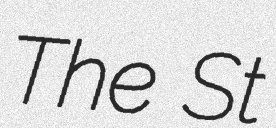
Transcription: The St